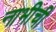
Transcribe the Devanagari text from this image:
नाभीची